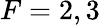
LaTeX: F=2,3